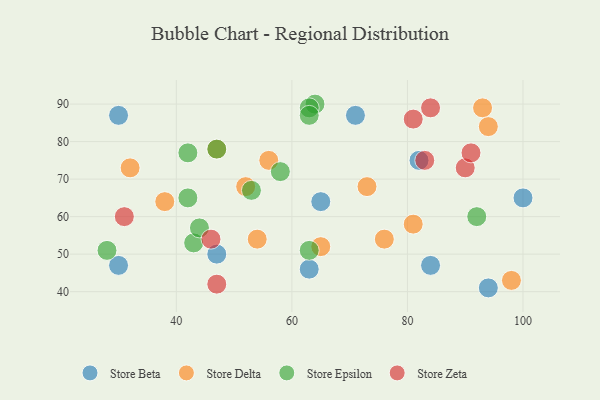
{"axis": {"x": "GDP", "y": "Life Expectancy"}, "legend": ["Store Beta", "Store Delta", "Store Epsilon", "Store Zeta"], "data": [{"x": "47", "y": 50, "type": "Store Beta"}, {"x": "71", "y": 87, "type": "Store Beta"}, {"x": "94", "y": 41, "type": "Store Beta"}, {"x": "30", "y": 87, "type": "Store Beta"}, {"x": "82", "y": 75, "type": "Store Beta"}, {"x": "84", "y": 47, "type": "Store Beta"}, {"x": "30", "y": 47, "type": "Store Beta"}, {"x": "100", "y": 65, "type": "Store Beta"}, {"x": "65", "y": 64, "type": "Store Beta"}, {"x": "63", "y": 46, "type": "Store Beta"}, {"x": "47", "y": 78, "type": "Store Delta"}, {"x": "52", "y": 68, "type": "Store Delta"}, {"x": "98", "y": 43, "type": "Store Delta"}, {"x": "38", "y": 64, "type": "Store Delta"}, {"x": "76", "y": 54, "type": "Store Delta"}, {"x": "65", "y": 52, "type": "Store Delta"}, {"x": "81", "y": 58, "type": "Store Delta"}, {"x": "73", "y": 68, "type": "Store Delta"}, {"x": "56", "y": 75, "type": "Store Delta"}, {"x": "93", "y": 89, "type": "Store Delta"}, {"x": "32", "y": 73, "type": "Store Delta"}, {"x": "54", "y": 54, "type": "Store Delta"}, {"x": "94", "y": 84, "type": "Store Delta"}, {"x": "92", "y": 60, "type": "Store Epsilon"}, {"x": "28", "y": 51, "type": "Store Epsilon"}, {"x": "47", "y": 78, "type": "Store Epsilon"}, {"x": "64", "y": 90, "type": "Store Epsilon"}, {"x": "53", "y": 67, "type": "Store Epsilon"}, {"x": "42", "y": 77, "type": "Store Epsilon"}, {"x": "43", "y": 53, "type": "Store Epsilon"}, {"x": "58", "y": 72, "type": "Store Epsilon"}, {"x": "63", "y": 51, "type": "Store Epsilon"}, {"x": "42", "y": 65, "type": "Store Epsilon"}, {"x": "44", "y": 57, "type": "Store Epsilon"}, {"x": "63", "y": 89, "type": "Store Epsilon"}, {"x": "63", "y": 87, "type": "Store Epsilon"}, {"x": "90", "y": 73, "type": "Store Zeta"}, {"x": "84", "y": 89, "type": "Store Zeta"}, {"x": "31", "y": 60, "type": "Store Zeta"}, {"x": "83", "y": 75, "type": "Store Zeta"}, {"x": "91", "y": 77, "type": "Store Zeta"}, {"x": "81", "y": 86, "type": "Store Zeta"}, {"x": "46", "y": 54, "type": "Store Zeta"}, {"x": "47", "y": 42, "type": "Store Zeta"}]}